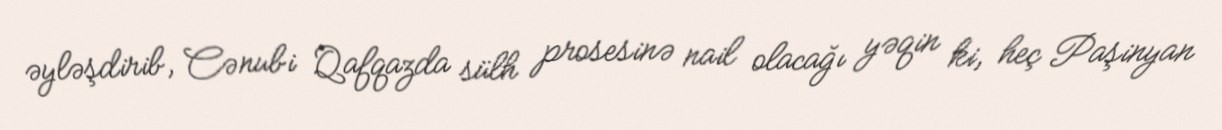
əyləşdirib, Cənubi Qafqazda sülh prosesinə nail olacağı yəqin ki, heç Paşinyan